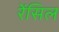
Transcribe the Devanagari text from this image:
रेंसिल